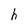
Character: h